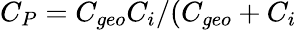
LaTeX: C_{P}=C_{geo}C_{i}/(C_{geo}+C_{i}